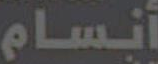
أنسام